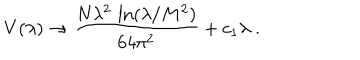
V ( \lambda ) \rightarrow \frac { N \lambda ^ { 2 } \, \ln ( \lambda / M ^ { 2 } ) } { 6 4 \pi ^ { 2 } } + c _ { 1 } \lambda \; .